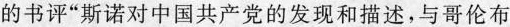
的书评“斯诺对中国共产党的发现和描述，与哥伦布